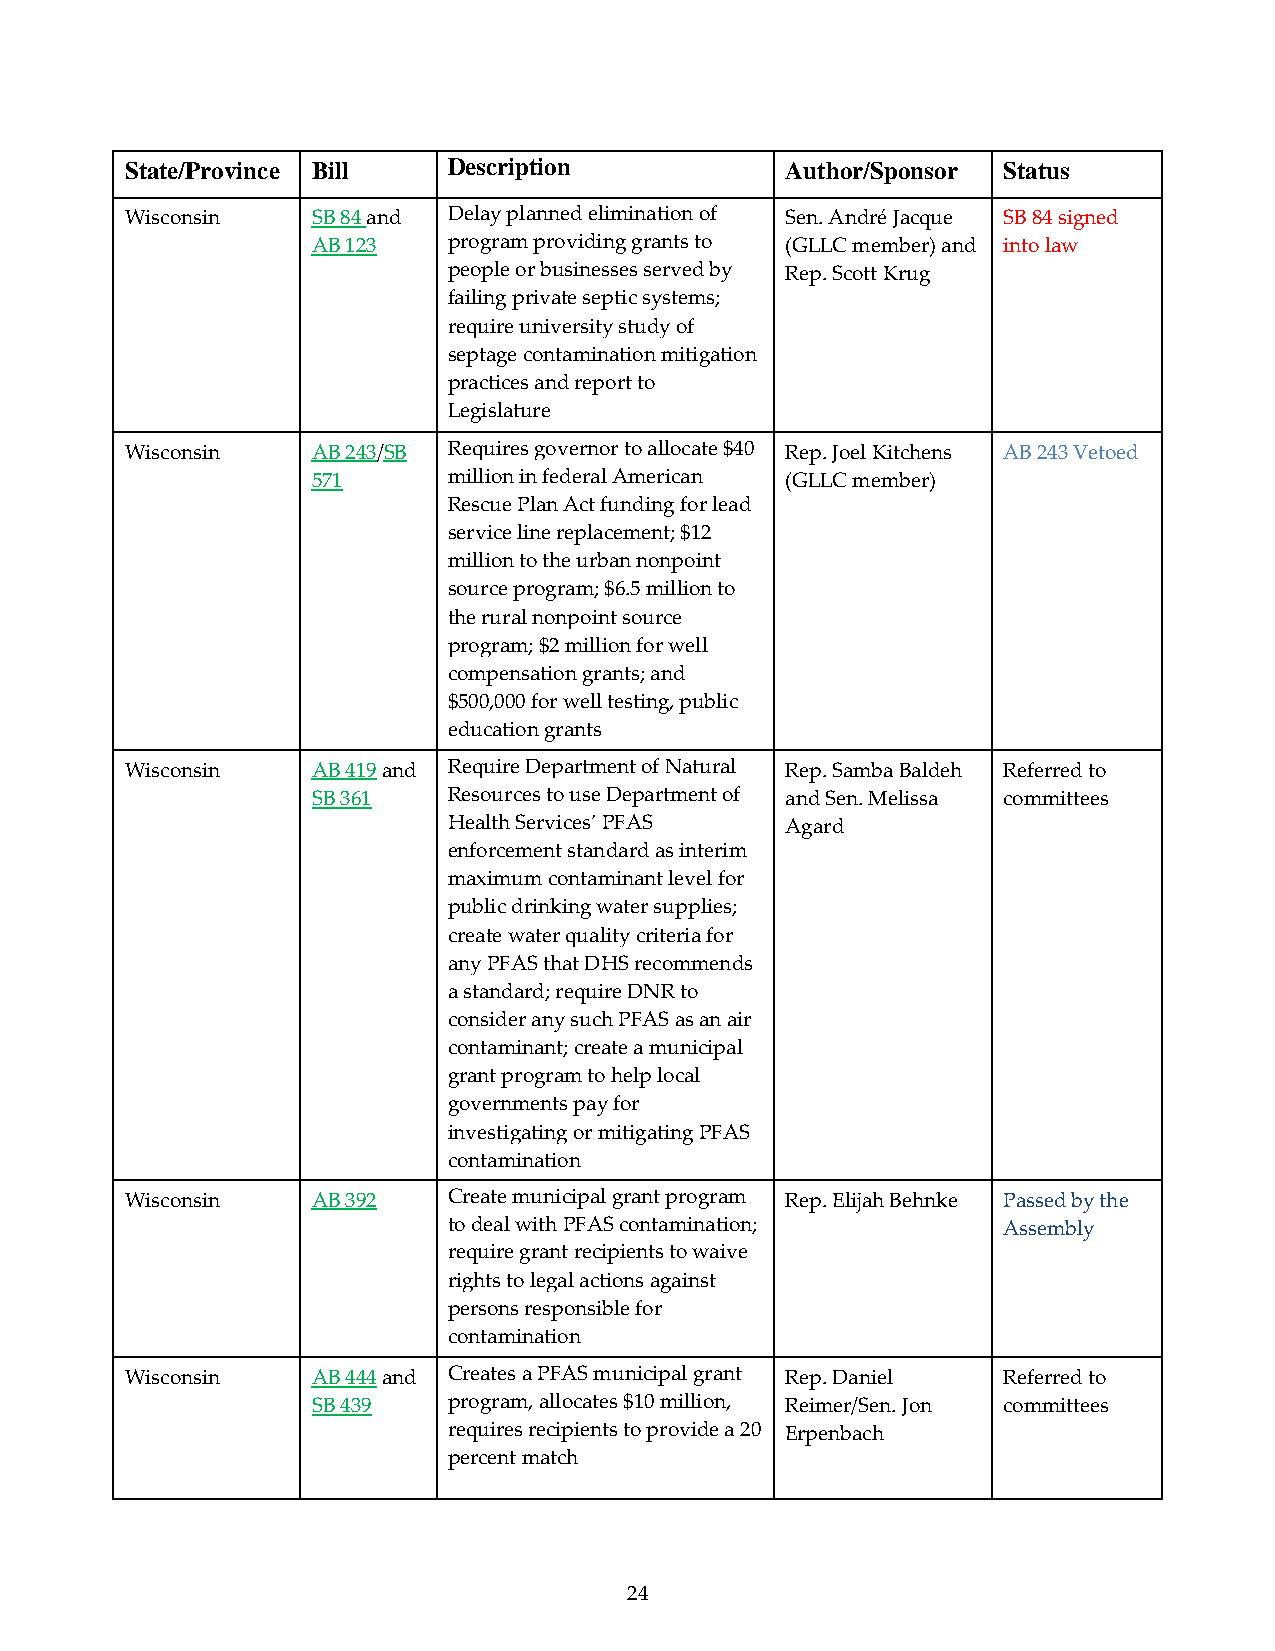
State/Province Bill   Description           Author/Sponsor Status
 Wisconsin    SB 84 and Delay planned elimination of Sen. André Jacque SB 84 signed
 AB 123   program providing grants to (GLLC member) and into law
 people or businesses served by Rep. Scott Krug
 failing private septic systems;
 require university study of
 septage contamination mitigation
 practices and report to
 Legislature
 Wisconsin    AB 243/SB Requires governor to allocate $40 Rep. Joel Kitchens AB 243 Vetoed
 571      million in federal American (GLLC member)
 Rescue Plan Act funding for lead
 service line replacement; $12
 million to the urban nonpoint
 source program; $6.5 million to
 the rural nonpoint source
 program; $2 million for well
 compensation grants; and
 $500,000 for well testing, public
 education grants
 Wisconsin    AB 419 and Require Department of Natural Rep. Samba Baldeh Referred to
 SB 361   Resources to use Department of and Sen. Melissa committees
 Health Services’ PFAS Agard
 enforcement standard as interim
 maximum contaminant level for
 public drinking water supplies;
 create water quality criteria for
 any PFAS that DHS recommends
 a standard; require DNR to
 consider any such PFAS as an air
 contaminant; create a municipal
 grant program to help local
 governments pay for
 investigating or mitigating PFAS
 contamination
 Wisconsin    AB 392   Create municipal grant program Rep. Elijah Behnke Passed by the
 to deal with PFAS contamination;    Assembly
 require grant recipients to waive
 rights to legal actions against
 persons responsible for
 contamination
 Wisconsin    AB 444 and Creates a PFAS municipal grant Rep. Daniel Referred to
 SB 439   program, allocates $10 million, Reimer/Sen. Jon committees
 requires recipients to provide a 20 Erpenbach
 percent match
 24